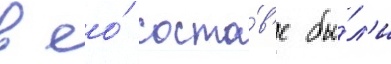
в ео́ соста́в'е бы́л'и